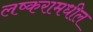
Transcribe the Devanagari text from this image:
लष्करामधील